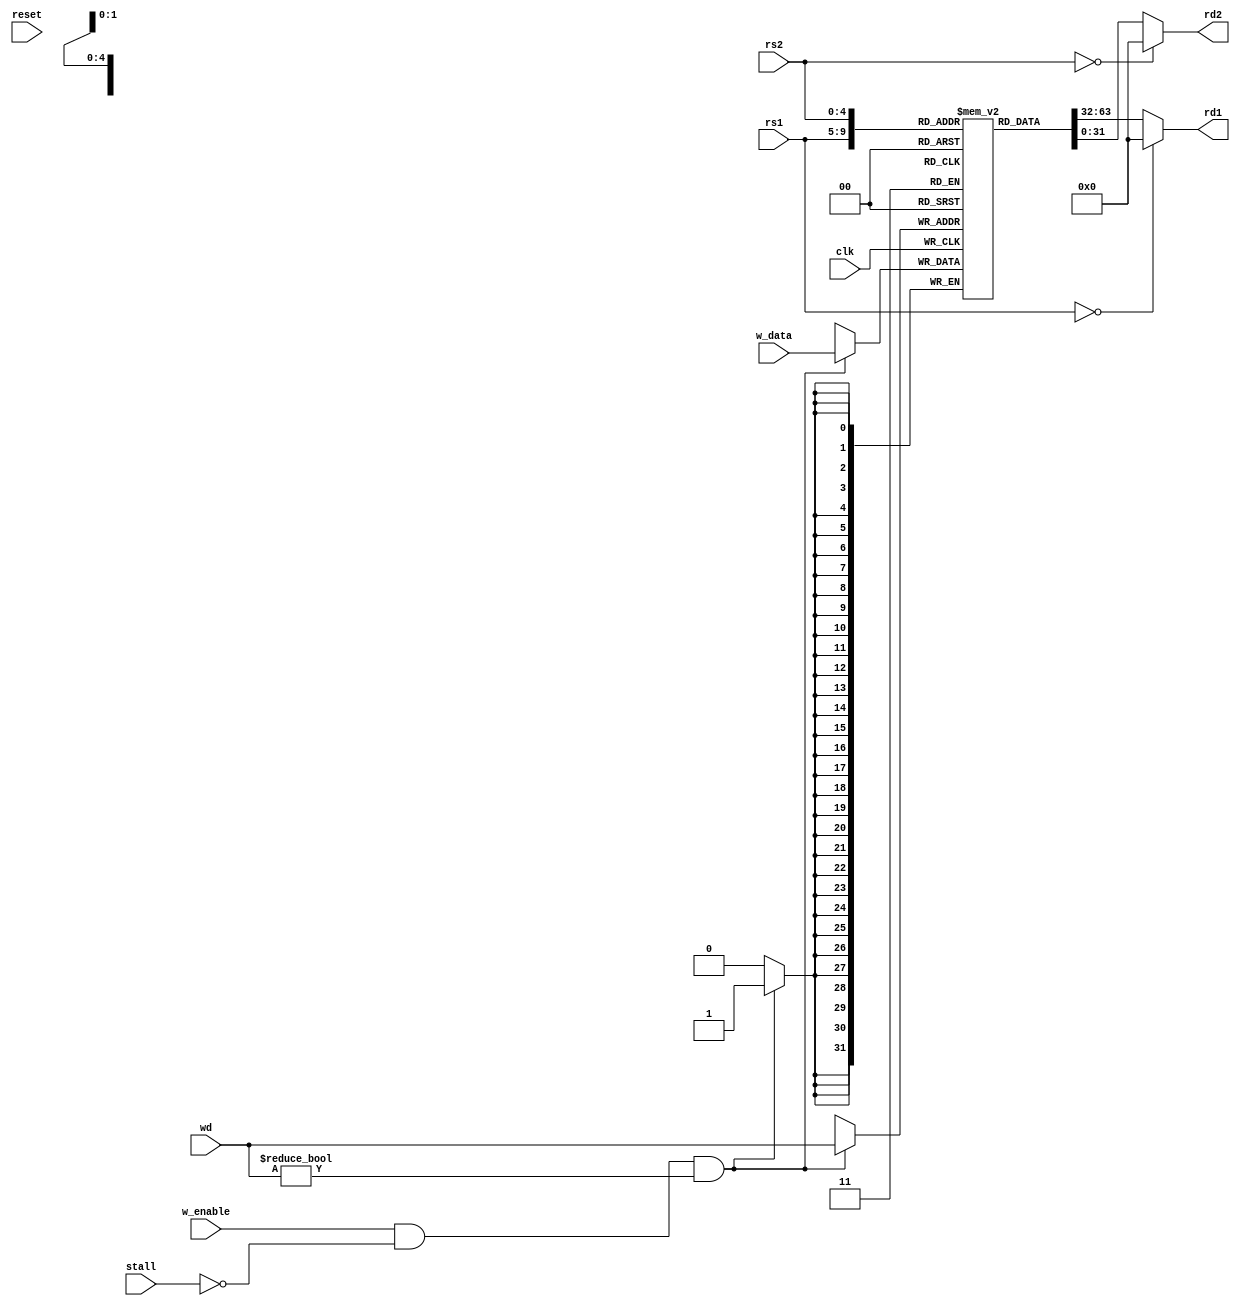
module regfile (
	input clk,
	input reset,
	output [31:0] rd1, 
	output [31:0] rd2,
	input [4:0] rs1, 
	input [4:0] rs2, 
	input [4:0] wd,
	input [31:0] w_data,
	input w_enable,
	input stall);

	/* Registers */
	reg [31:0] registers[31:0];

	always @ (posedge clk) begin
		if (w_enable & !stall & wd != 0)
			registers[wd] <= w_data;
	end

	/* Outputs */
	assign rd1 = rs1 == 0 ? 32'b0 : registers[rs1];
	assign rd2 = rs2 == 0 ? 32'b0 : registers[rs2];

endmodule